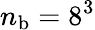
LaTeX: n_{\mathrm{b}}=8^{3}